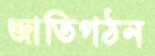
জাতিগঠন